Civil Veterinary Dept. Bombay admin report 1932-41 - 1932-1941
Year: 1932
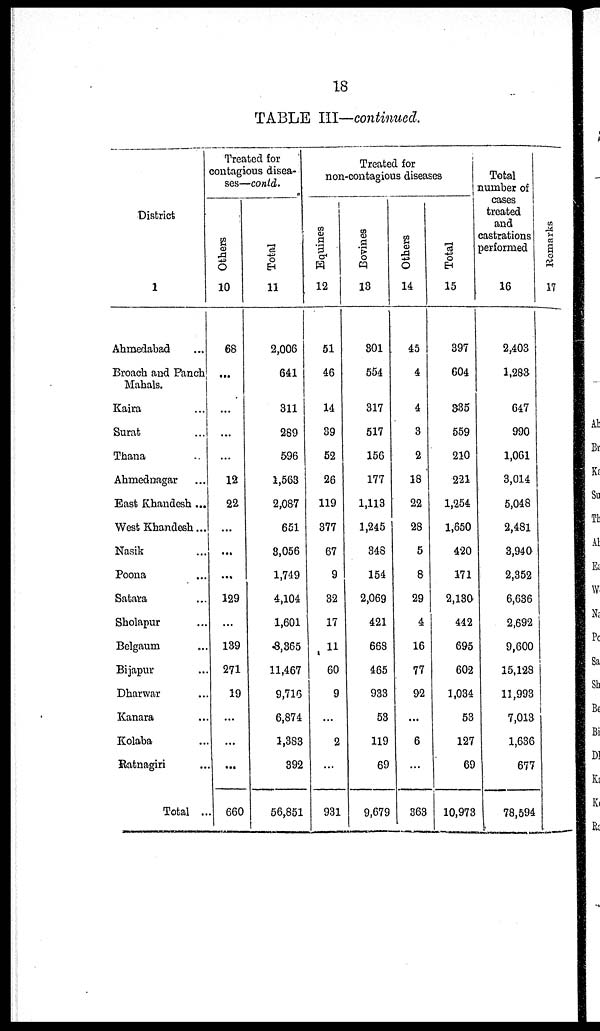
18
TABLE III—continued.
District
1
Ahmedabad ...
Broach and Panch
Mahals.
Kaira ...
Surat ...
Thana ...
Ahmednagar ...
East Khandesh ...
West Khandesh...
Nasik ...
Poona ...
Satara ...
Sholapur ...
Belgaum ...
Bijapur ...
Dharwar ...
Kanara ...
Kolaba ...
Ratnagiri ...
Total ...
Treated for
contagious disea-
ses—contd.
Others
10
68
...
...
...
...
12
22
...
...
...
129
...
139
271
19
...
...
...
660
Total
11
2,006
641
311
289
596
1,563
2,087
651
8,056
1,749
4,104
1,601
8,365
11,467
9,716
6,874
1,383
392
56,851
Treated for
non-contagious diseases
Equines
12
51
46
14
39
52
26
119
377
67
9
32
17
11
60
9
...
2
...
931
Bovines
13
301
554
317
517
156
177
1,113
1,245
348
154
2,069
421
668
465
933
53
119
69
9,679
Others
14
45
4
4
3
2
18
22
28
5
8
29
4
16
77
92
...
6
...
363
Total
15
397
604
335
559
210
221
1,254
1,650
420
171
2,130
442
695
602
1,034
53
127
69
10,973
Total
number of
cases
treated
and
castrations
performed
16
2,403
1,283
647
990
1,061
3,014
5,048
2,481
3,940
2,352
6,636
2,692
9,600
15,128
11,993
7,013
1,636
677
78,594
Remarks
17